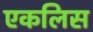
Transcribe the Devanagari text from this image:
एकलिस